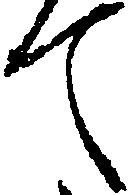
て